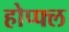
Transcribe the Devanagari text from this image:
होप्फ्ल